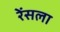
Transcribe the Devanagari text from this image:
रेंसला